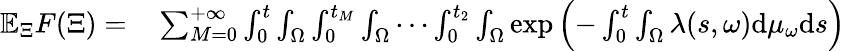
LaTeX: \begin{array}{rl}{\mathbb{E}_{\Xi}F(\Xi)=}&{{}\sum_{M=0}^{+\infty}\int_{0}^{t}\int_{\Omega}\int_{0}^{t_{M}}\int_{\Omega}\cdots\int_{0}^{t_{2}}\int_{\Omega}\exp\left(-\int_{0}^{t}\int_{\Omega}\lambda(s,\omega)\mathrm{d}\mu_{\omega}\mathrm{d}s\right)}\end{array}